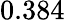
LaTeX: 0.384